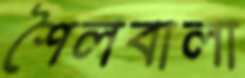
শৈলবালা